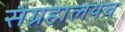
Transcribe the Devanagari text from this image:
संग्रहालयच